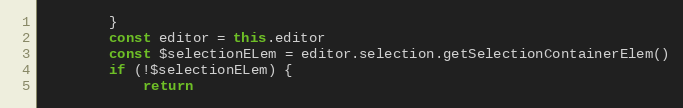
Language: JavaScript
        }
        const editor = this.editor
        const $selectionELem = editor.selection.getSelectionContainerElem()
        if (!$selectionELem) {
            return